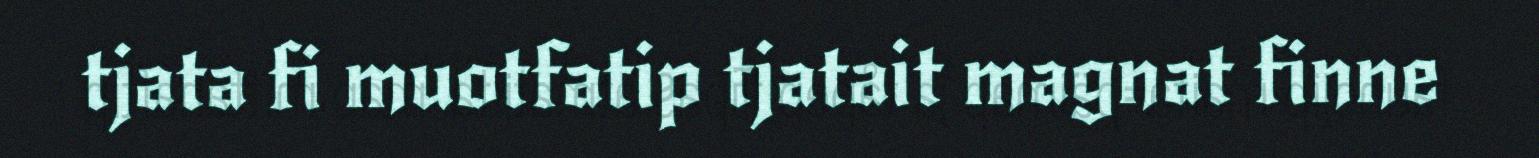
tjata fi muotfatip tjatait magnat finne